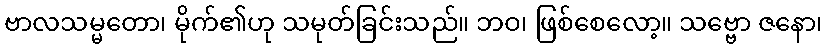
ဗာလသမ္မတော၊ မိုက်၏ဟု သမုတ်ခြင်းသည်။ ဘဝ၊ ဖြစ်စေလော့။ သဗ္ဗော ဇနော၊